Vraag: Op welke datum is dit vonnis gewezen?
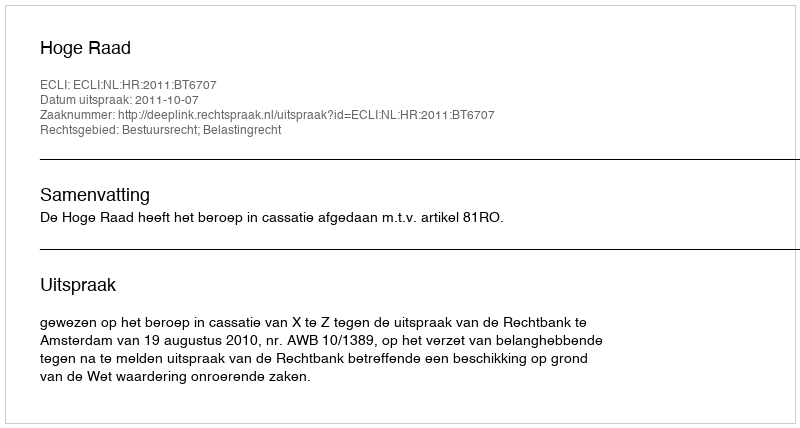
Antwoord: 2011-10-07